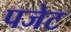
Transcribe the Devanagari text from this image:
पजेट